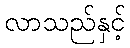
လာသည်နှင့်